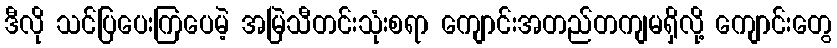
ဒီလို သင်ပြပေးကြပေမဲ့ အမြဲသီတင်းသုံးစရာ ကျောင်းအတည်တကျမရှိလို့ ကျောင်းတွေ